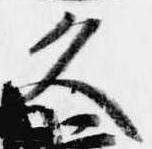
久